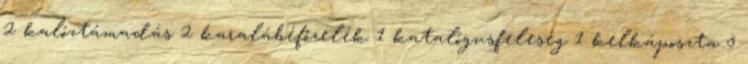
2 kalóztámadás 2 karalábéfőzelék 1 katalógusfeleség 1 kelkáposzta 5